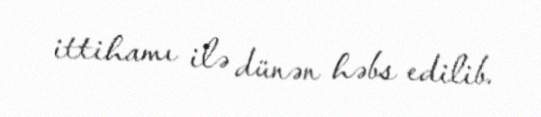
ittihamı ilə dünən həbs edilib.